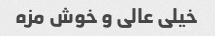
خیلی عالی و خوش مزه